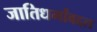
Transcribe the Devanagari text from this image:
जातिधर्मांबद्दल